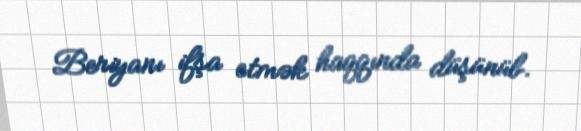
Beriyanı ifşa etmək haqqında düşünüb.